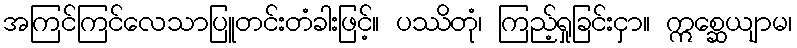
အကြင်ကြင်လေသာပြူတင်းတံခါးဖြင့်။ ပဿိတုံ၊ ကြည့်ရှုခြင်းငှာ။ ဣစ္ဆေယျာမ၊